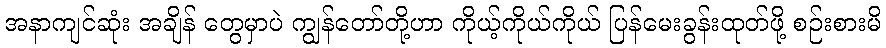
အနာကျင်ဆုံး အချိန် တွေမှာပဲ ကျွန်တော်တို့ဟာ ကိုယ့်ကိုယ်ကိုယ် ပြန်မေးခွန်းထုတ်ဖို့ စဉ်းစားမိ